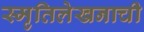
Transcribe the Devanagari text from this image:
स्मृतिलेखनाची